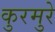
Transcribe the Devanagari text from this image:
कुरमुरे